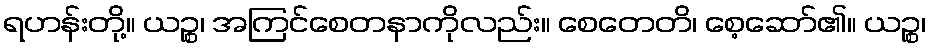
ရဟန်းတို့။ ယဉ္စ၊ အကြင်စေတနာကိုလည်း။ စေတေတိ၊ စေ့ဆော်၏။ ယဉ္စ၊